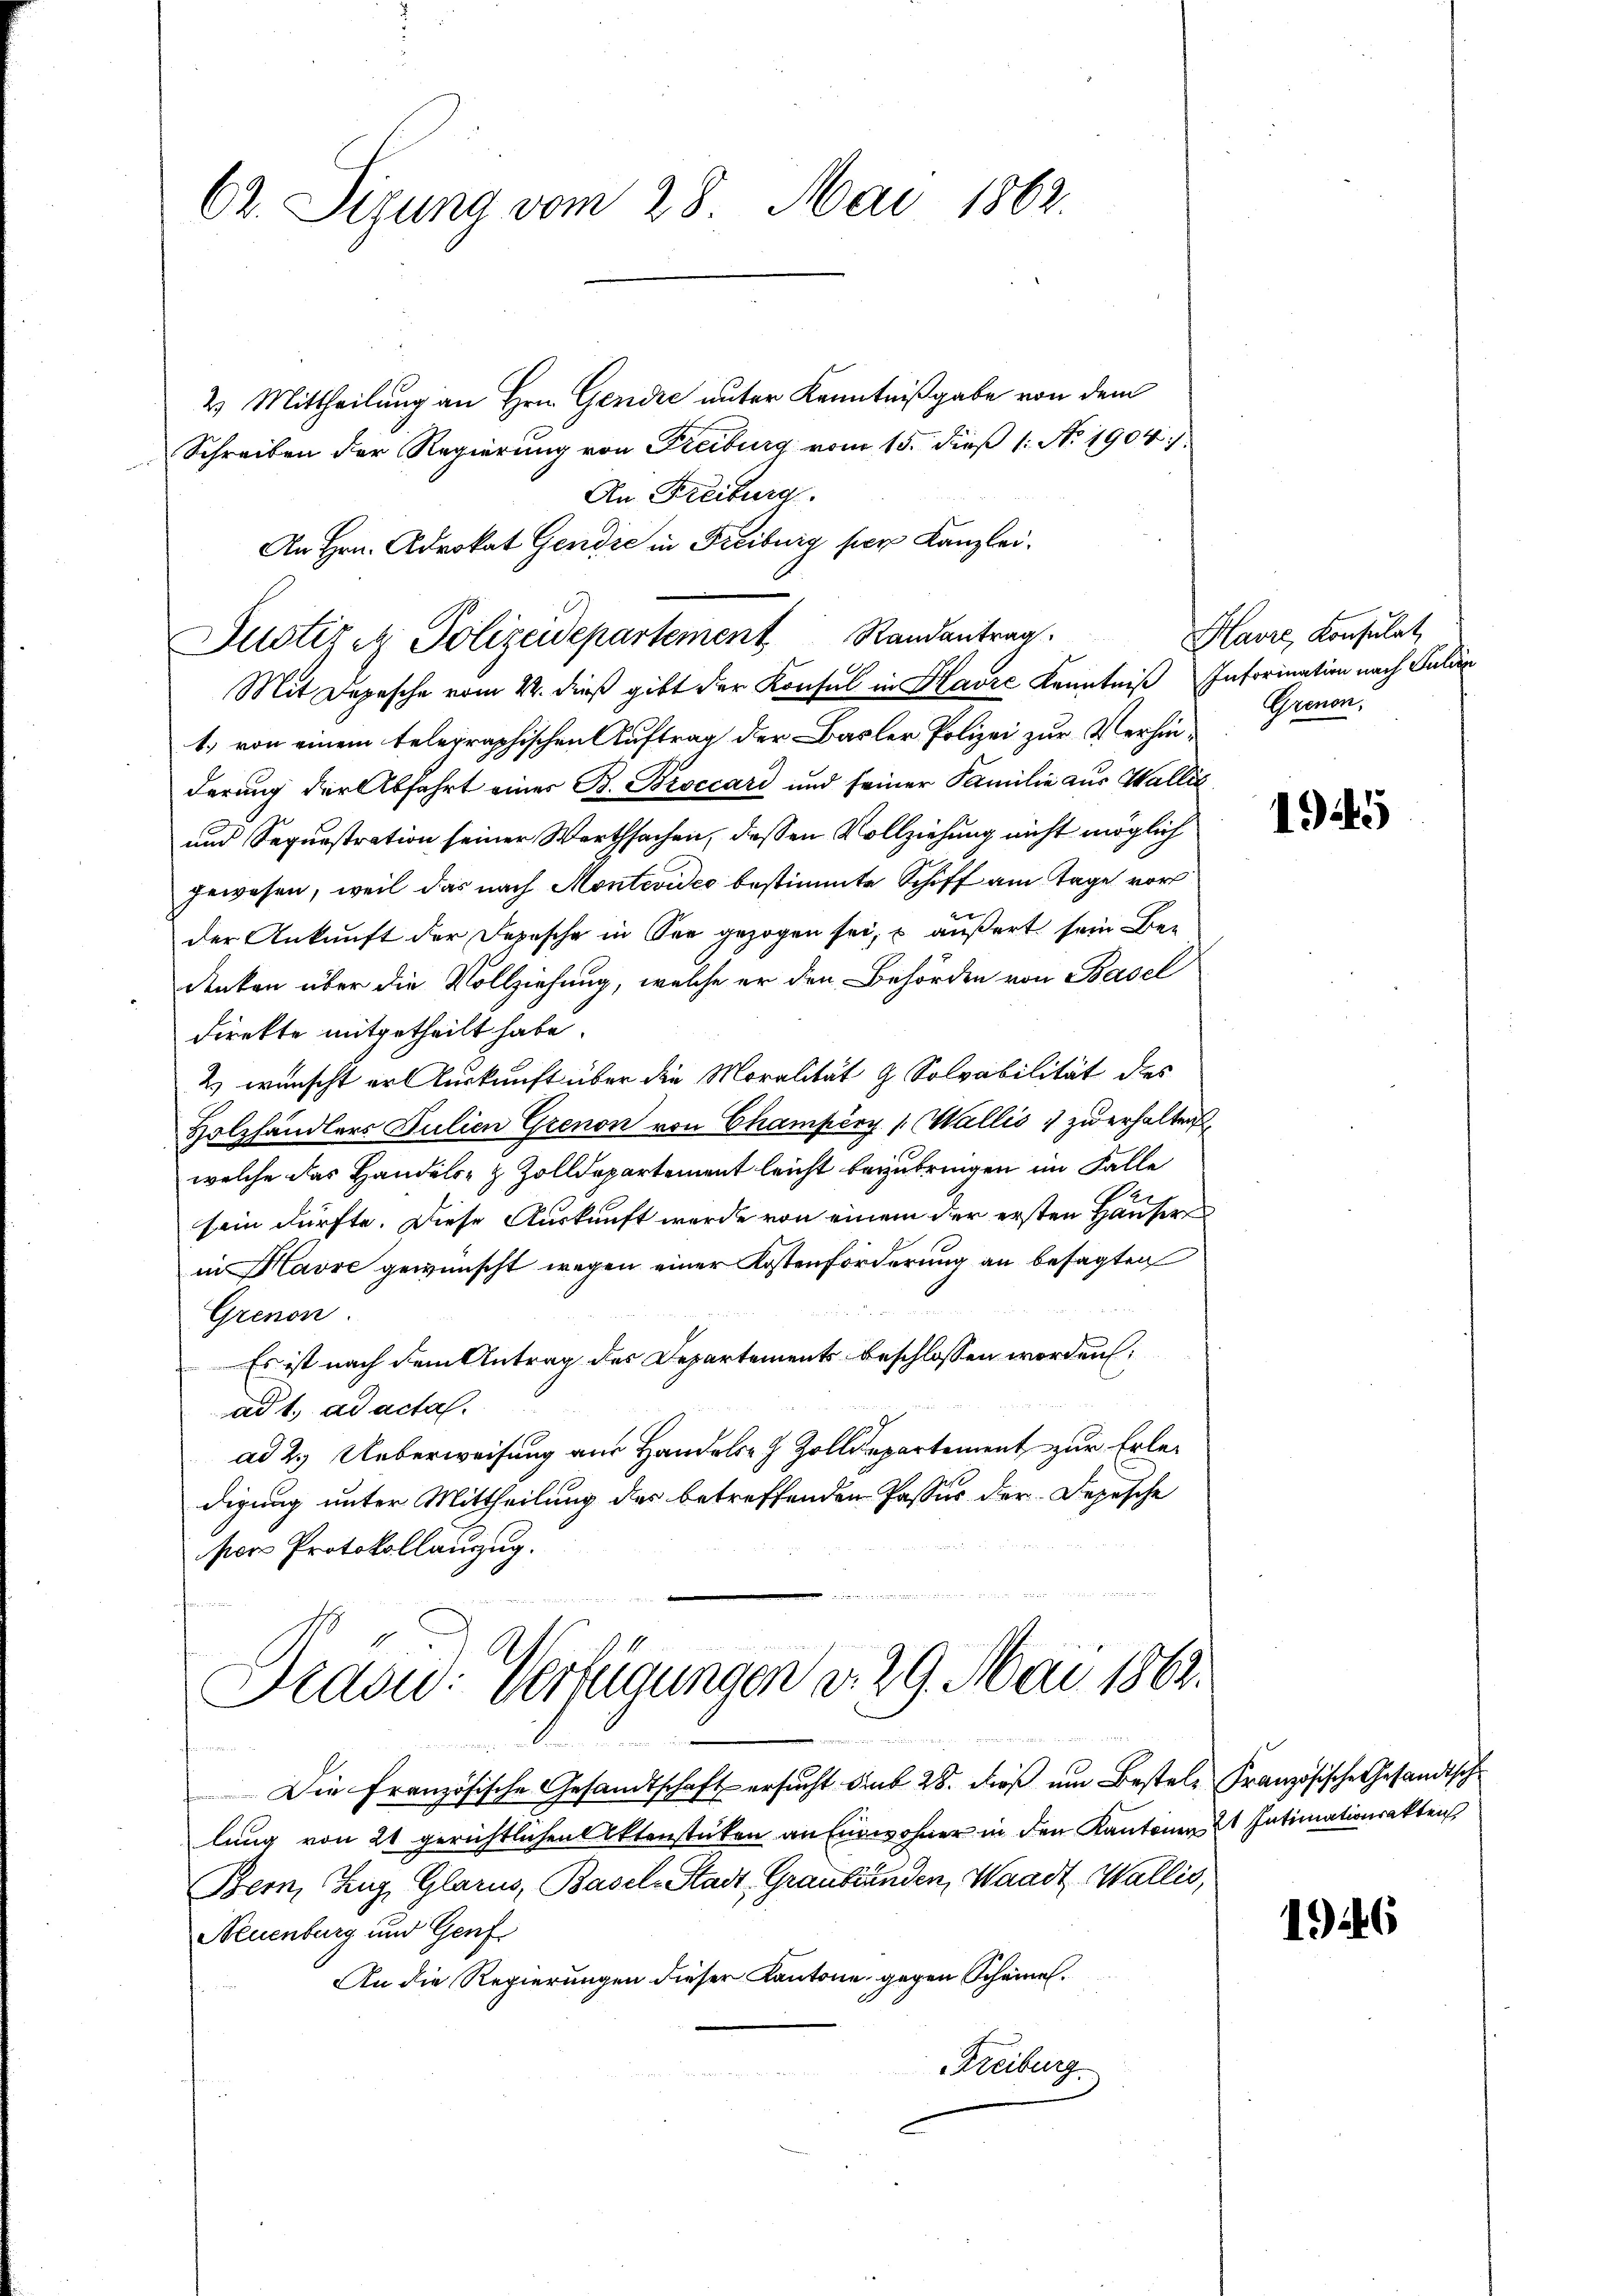
62. Sitzung vom 28. Mai 1862.

2. Mittheilung an Hrn. Gendre unter Kenntnißgabe von dem
Schreiben der Regierung von Freiburg vom 15. dieß 1: No 1904/
An Freiburg.
1.) von einem telegraphischen Auftrag der Basler Polizei zur Verhinderung der Abfahrt einer B. Broccari und seiner Familie aus Wallis
und Sequestration seiner Werthsachen, dessen Vollziehung nicht möglich
gewesen, weil das nach Montevideo bestimmte Schiff am Tage vor
e
der Ankunft der Depesche in See gezogen sei, u äußert sein Bedenken über die Vollziehung, welche er den Behörden von Basel
direkte mitgetheilt habe.
2) wünscht er Auskunft über die Moralität z. Solvabilität des
Holzhändlers Julien Grenon von Champéry (Wallis, zu erhalten
welche das Handels- & Zolldepartement leicht bezubringen im Falle
sein dürfte. Diese Auskunft werde von einem der ersten Häuser
in Havre gewünscht wegen einer Kostenforderung an besagten
Grenon
Es ist nach dem Antrag des Departements beschlossen worden.
ad 1. ad acta.
ad 2.) Ueberweisung aus Handels- & Zolldepartement zur Erledigung unter Mittheilung des betreffenden Passus der Depesche
sors Protokollanzug.

An Hrn. Advokat Gendie in Freiburg per Kanzlei.
Justizen Polizeidepartement Randantrag
Mit Depesche vom 22. dieß gibt der Konsul in Havre Kenntniß Inforination nach Julii

Prasid. Verfügungen d. 29. Mai 1862.
 d

Die Französische Gesandtschaft ersucht sub 28. dieß um Bestele Französische Gesandtschlung von 24 gerichtlichen Aktenstücken an Einwohner in den Kantonen 2t Intimationsakten,
Bern, Zug, Glarus, Basel-Stadt, Graubünden, Waadt, Wallis,
Neuenburg und Genf
An die Regierungen dieser Kantone, gegen Scheine.
Freiburg

Havre, Konsulat
Grenon.

145

1946